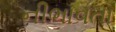
નીભાવતા